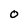
Character: 0